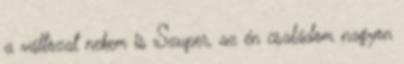
a változat nekem is Szuper, az én családom nagyon